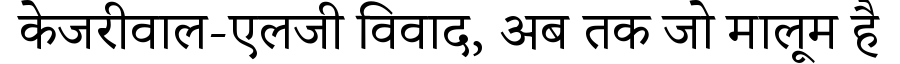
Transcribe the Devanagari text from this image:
केजरीवाल-एलजी विवाद, अब तक जो मालूम है